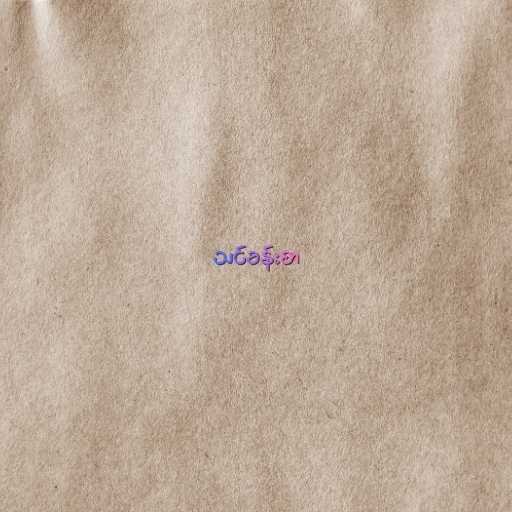
သင်ခန်းစာ